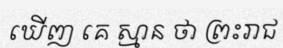
ឃើញ គេ ស្មាន ថា ព្រះរាជ